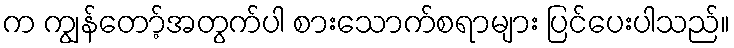
က ကျွန်တော့်အတွက်ပါ စားသောက်စရာများ ပြင်ပေးပါသည်။